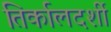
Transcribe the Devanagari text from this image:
तिर्कालदर्शी